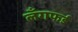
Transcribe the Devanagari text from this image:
लँगफर्ड